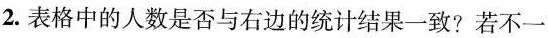
2.表格中的人数是否与右边的统计结果一致?若不一